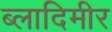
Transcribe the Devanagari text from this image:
ब्लादिमीर